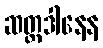
ဆတ္တဒါနေန